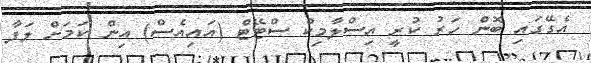
އެގޭގައި ބޮން ހަރު ކުރީ އިސްލާމިކް ސްޓޭޓް (އައިއެސް) އިން ކަމަށް ލަފާ